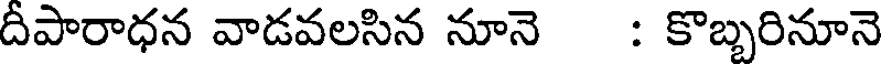
దీపారాధన వాడవలసిన నూనె : కొబ్బరినూనె